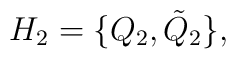
H_{2}=\{Q_{2}, \tilde{Q}_{2} \},